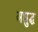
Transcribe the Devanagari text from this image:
अधुद्ध